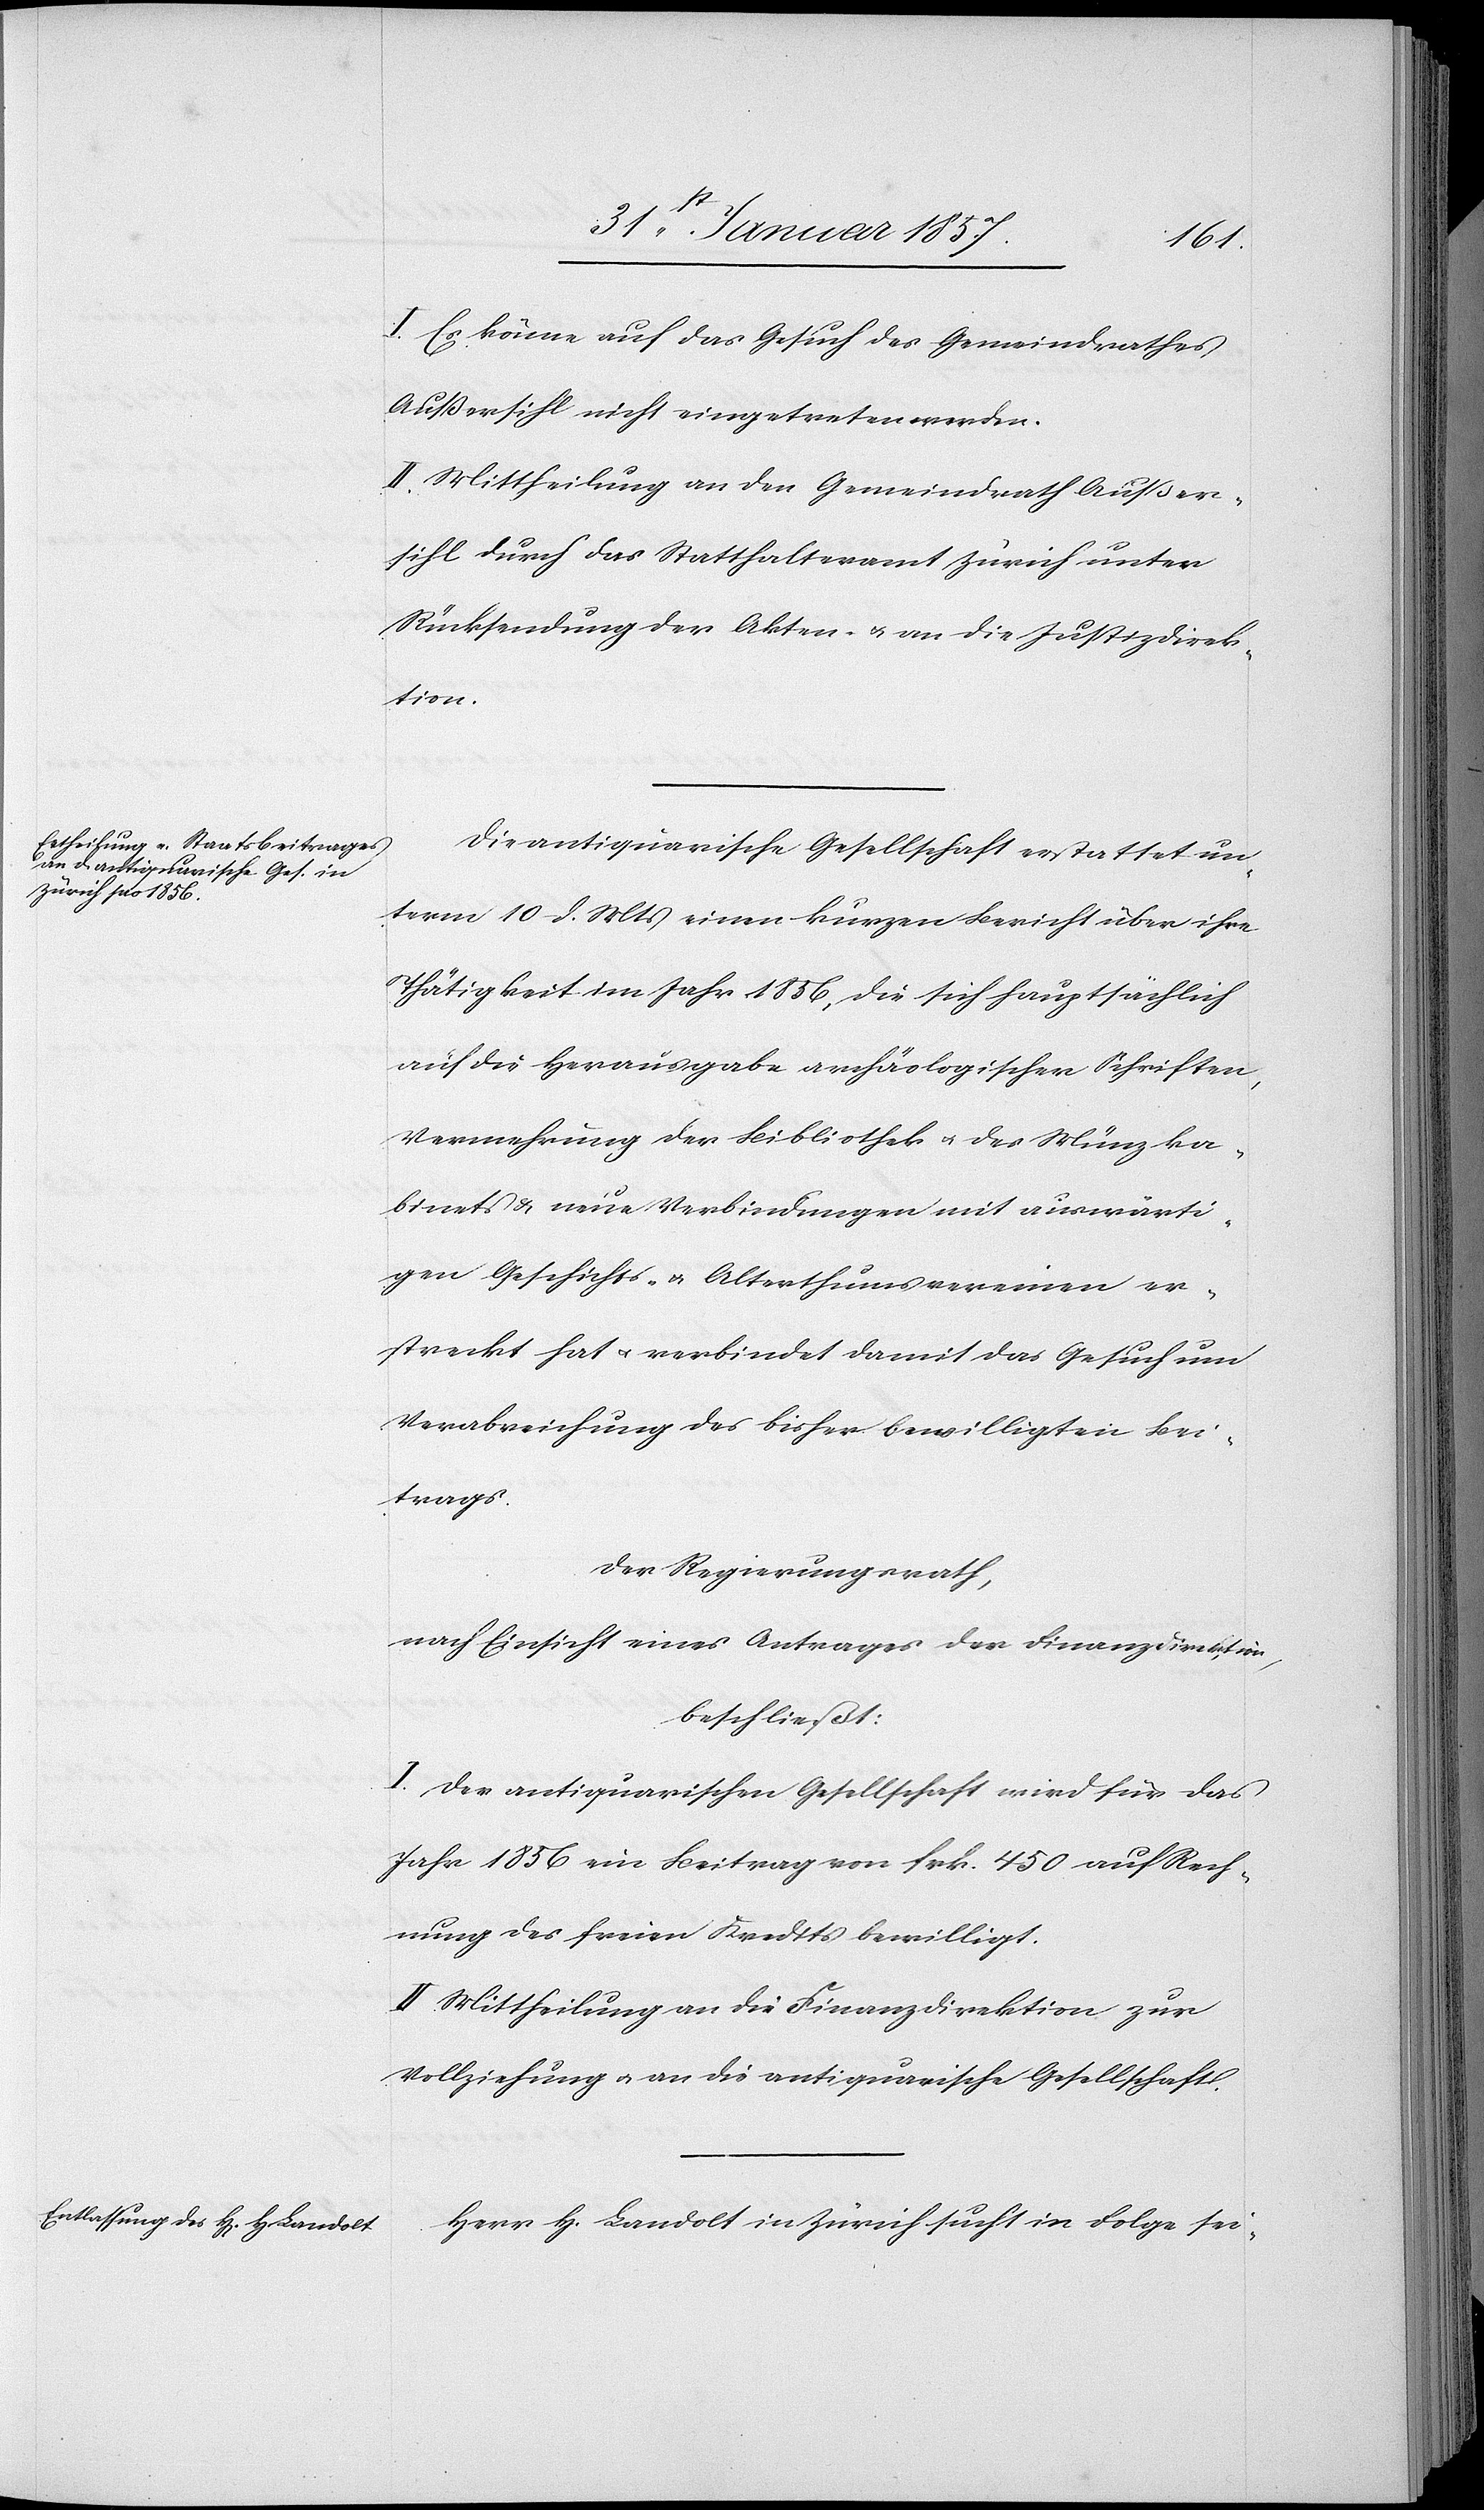
I. Es könne auf das Gesuch des Gemeindrathes
Außersihl nicht eingetreten werden.
II. Mittheilung an den Gemeindrath Außer¬
sihl durch das Statthalteramt Zürich unter
Rücksendung der Akten & an die Justizdirek¬
tion.
Die antiquarische Gesellschaft erstattet un¬
term 10 d. Mts einen kurzen Bericht über ihre
Thätigkeit im Jahr 1856, die sich hauptsächlich
auf die Herausgabe archäologischer Schriften,
Vermehrung der Bibliothek & des Münzka¬
binets & neue Verbindungen mit auswärti¬
gen Geschichts- & Alterthumsvereinen er¬
streckt hat u. verbindet damit das Gesuch um
Verabreichung des bisher bewilligten Bei¬
trags.
Der Regierungsrath,
nach Einsicht eines Antrages der Finanzdirektion,
beschließt:
I. Der antiquarischen Gesellschaft wird für das
Jahr 1856 ein Beitrag von frk. 450 auf Rech¬
nung des freien Kredits bewilligt.
II. Mittheilung an die Finanzdirektion zur
Vollziehung u. an die antiquarische Gesellschaft.
Herr H. Landolt in Zürich sucht in Folge sei-